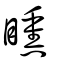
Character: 矄